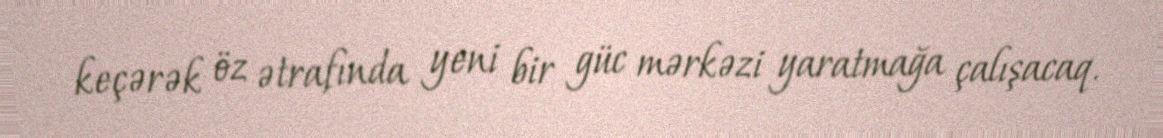
keçərək öz ətrafında yeni bir güc mərkəzi yaratmağa çalışacaq.